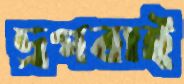
দ্রগবাই